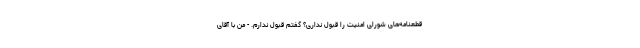
قطعنامه‌های شورای امنیت را قبول نداری؟ گفتم قبول ندارم. - من با آقای